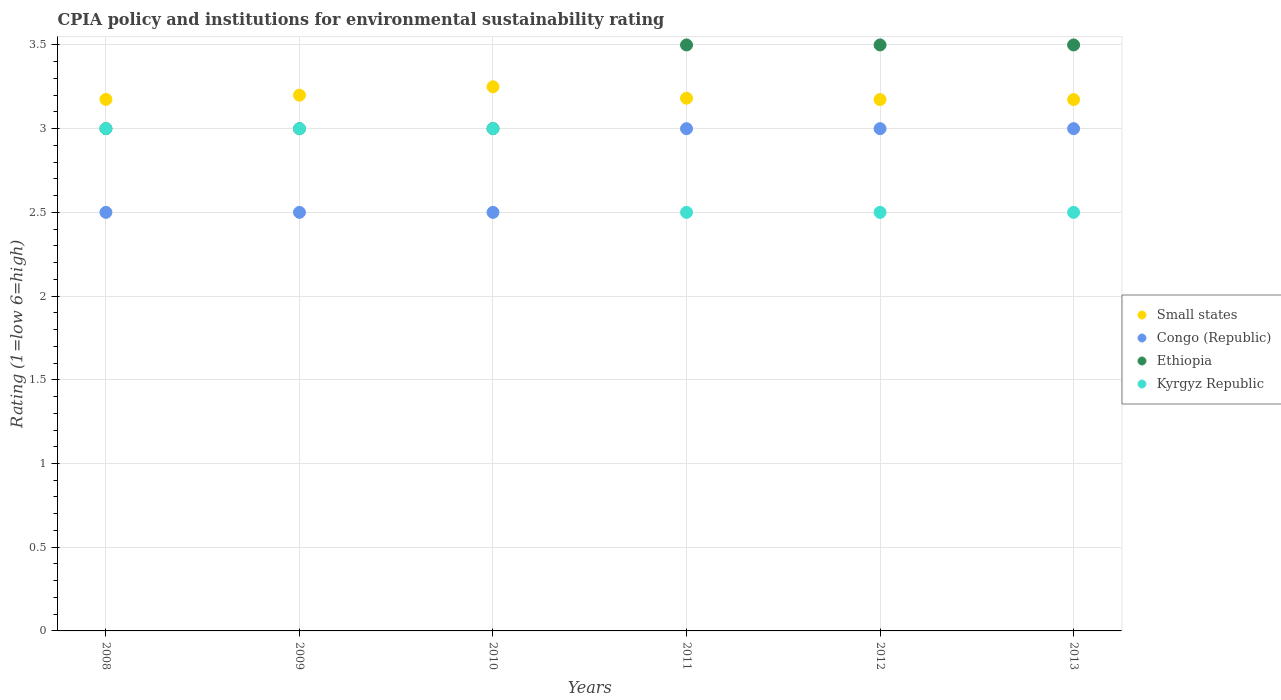
| Years | Small states | Congo (Republic) | Ethiopia | Kyrgyz Republic |
 | --- | --- | --- | --- | --- |
 | 2008 | 3.17 | 2.5 | 3 | 3 |
 | 2009 | 3.2 | 2.5 | 3 | 3 |
 | 2010 | 3.25 | 2.5 | 3 | 3 |
 | 2011 | 3.18 | 3 | 3.5 | 2.5 |
 | 2012 | 3.17 | 3 | 3.5 | 2.5 |
 | 2013 | 3.17 | 3 | 3.5 | 2.5 |